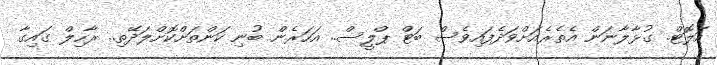
އަލޮޓް. ގުޅާލާނަން އެތެރެއަށްވަދެފައިވެސް ބަޓް ޕްލީސް.. އަހަރެން ބުނި ކަންތަށްކޮށްލަދޭތި.. ރާހިލް ގައިގާ